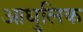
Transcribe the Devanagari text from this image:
आधुलिक